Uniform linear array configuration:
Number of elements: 8
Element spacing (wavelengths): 0.5
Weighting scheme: cosine
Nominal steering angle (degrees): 60
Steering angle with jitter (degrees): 60.162
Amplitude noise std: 0.05
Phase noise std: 0.05

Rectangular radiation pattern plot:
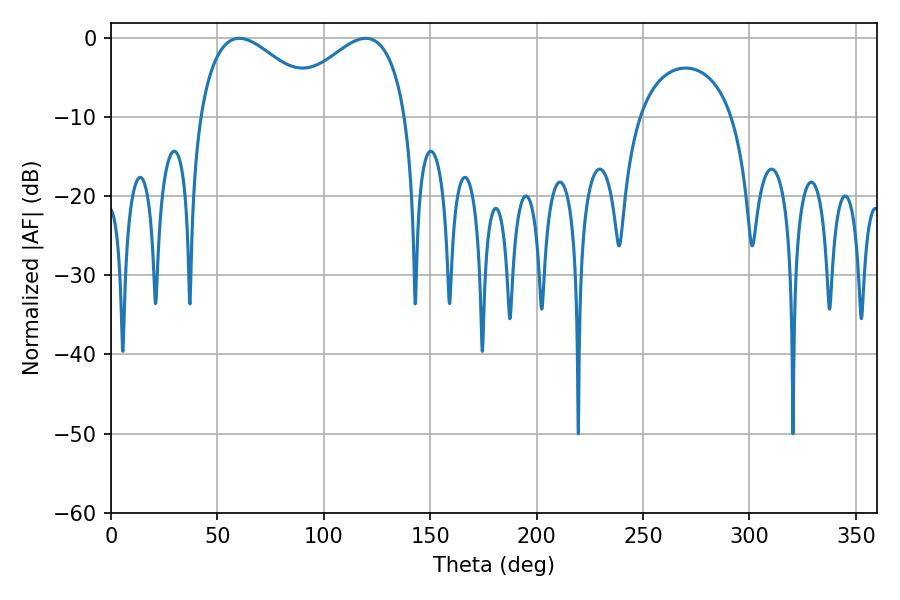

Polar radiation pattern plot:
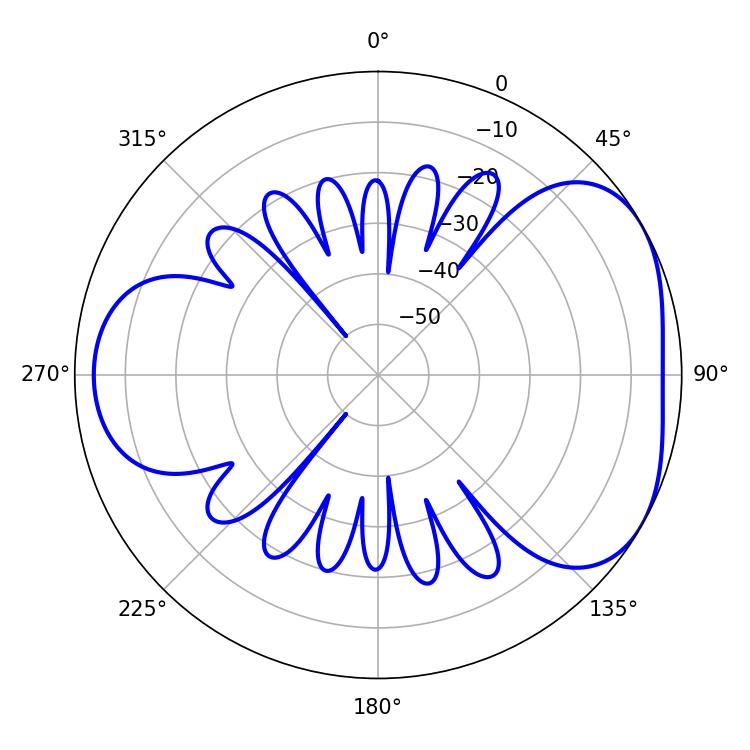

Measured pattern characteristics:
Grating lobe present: FALSE
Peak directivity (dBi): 4.296
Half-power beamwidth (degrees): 31.86
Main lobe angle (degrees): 60.3